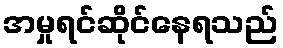
အမှုရင်ဆိုင်နေရသည်